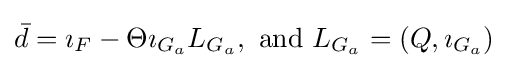
{\textstyle \textstyle {\bar {d}}=\textstyle \imath _{F}-\Theta \imath _{G_{a}}L_{G_{a}},{\text{ and }}L_{G_{a}}=(Q,\imath _{G_{a}})}